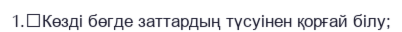
1.	Көзді бөгде заттардың түсуінен қорғай білу;